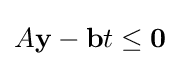
A\mathbf {y} -\mathbf {b} t\leq \mathbf {0}